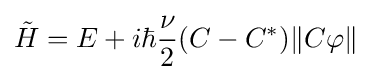
{\tilde {H}}=E+i\hbar {\frac {\nu }{2}}(C-C^{\ast })\|C\varphi \|